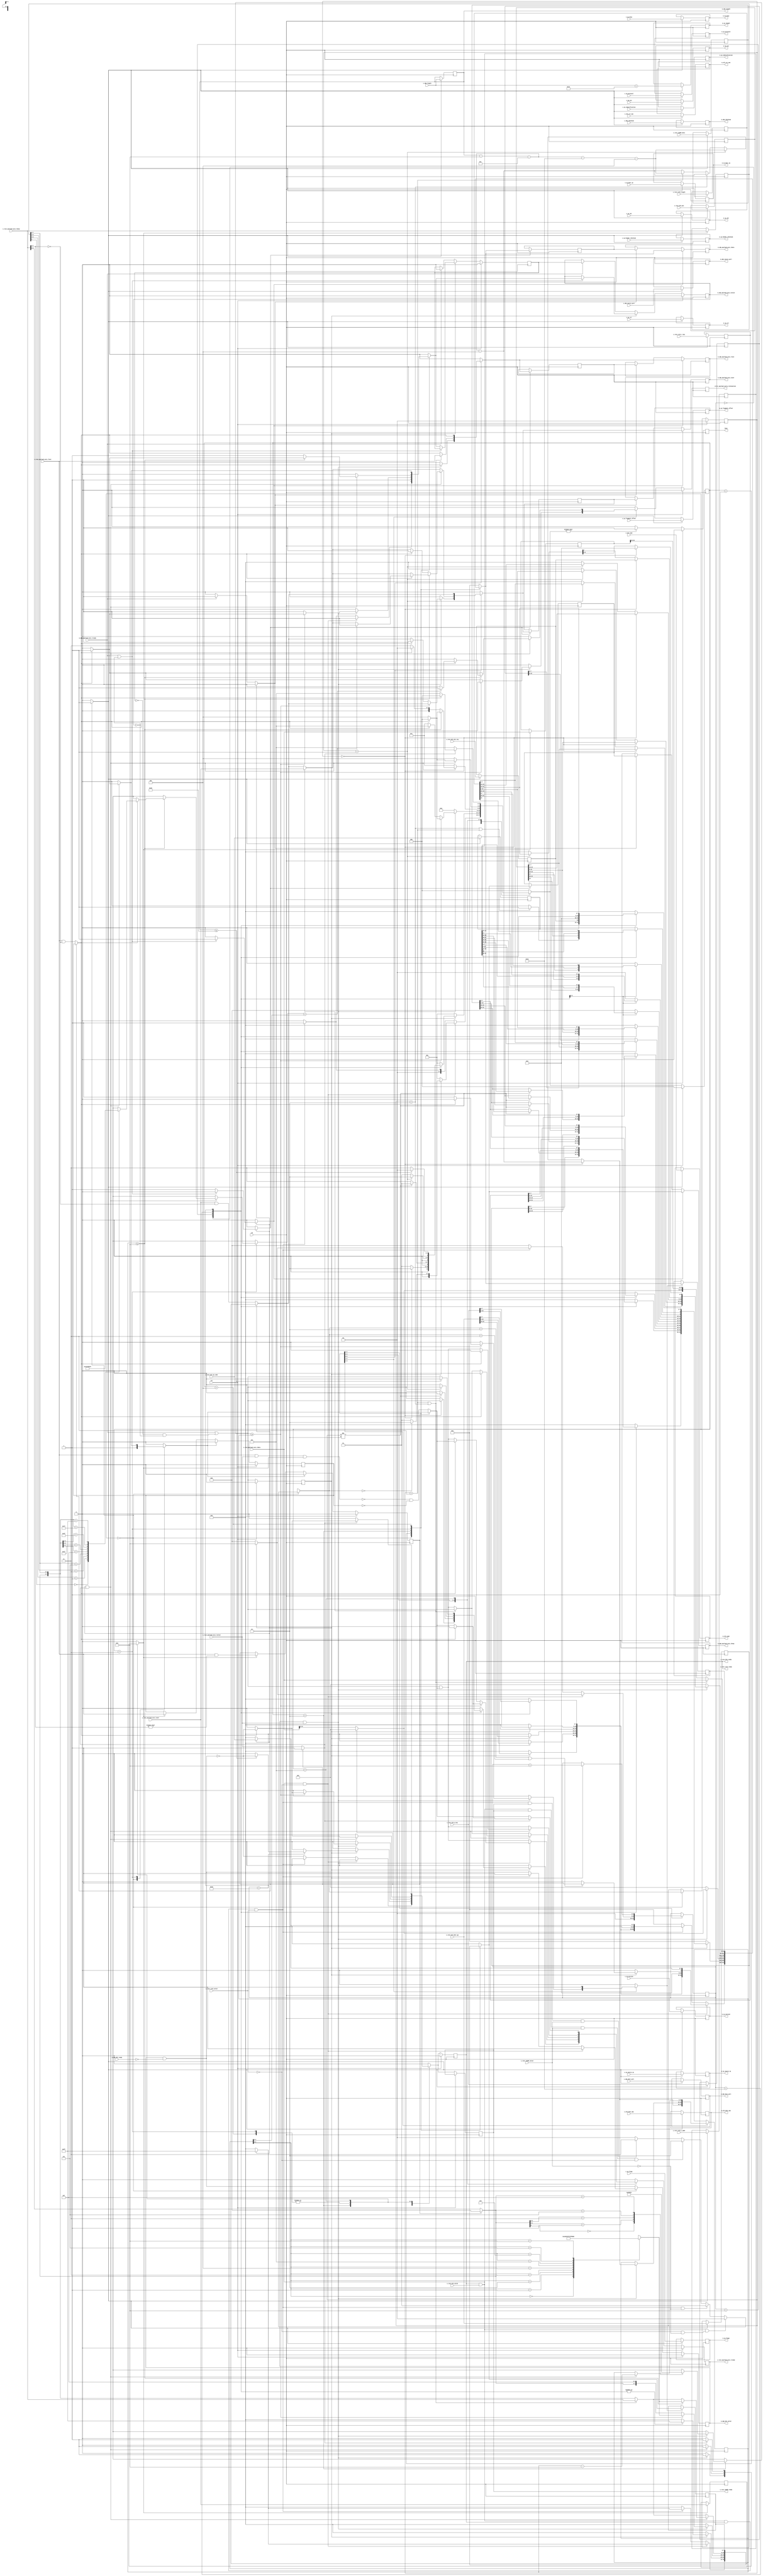
/*

Copyright (c) 2014-2018 Alex Forencich

Permission is hereby granted, free of charge, to any person obtaining a copy
of this software and associated documentation files (the "Software"), to deal
in the Software without restriction, including without limitation the rights
to use, copy, modify, merge, publish, distribute, sublicense, and/or sell
copies of the Software, and to permit persons to whom the Software is
furnished to do so, subject to the following conditions:

The above copyright notice and this permission notice shall be included in
all copies or substantial portions of the Software.

THE SOFTWARE IS PROVIDED "AS IS", WITHOUT WARRANTY OF ANY KIND, EXPRESS OR
IMPLIED, INCLUDING BUT NOT LIMITED TO THE WARRANTIES OF MERCHANTABILITY
FITNESS FOR A PARTICULAR PURPOSE AND NONINFRINGEMENT. IN NO EVENT SHALL THE
AUTHORS OR COPYRIGHT HOLDERS BE LIABLE FOR ANY CLAIM, DAMAGES OR OTHER
LIABILITY, WHETHER IN AN ACTION OF CONTRACT, TORT OR OTHERWISE, ARISING FROM,
OUT OF OR IN CONNECTION WITH THE SOFTWARE OR THE USE OR OTHER DEALINGS IN
THE SOFTWARE.

*/

// Language: Verilog 2001

`resetall `timescale 1ns / 1ps `default_nettype none

/*
 * IP ethernet frame transmitter (IP frame in, Ethernet frame out, 64 bit datapath)
 */
module RoCE_udp_tx_64 (
    input wire clk,
    input wire rst,

    /*
     * RoCE frame input
     */
    // BTH
    input  wire        s_roce_bth_valid,
    output wire        s_roce_bth_ready,
    input  wire [ 7:0] s_roce_bth_op_code,
    input  wire [15:0] s_roce_bth_p_key,
    input  wire [23:0] s_roce_bth_psn,
    input  wire [23:0] s_roce_bth_dest_qp,
    input  wire        s_roce_bth_ack_req,
    // RETH
    input  wire        s_roce_reth_valid,
    output wire        s_roce_reth_ready,
    input  wire [63:0] s_roce_reth_v_addr,
    input  wire [31:0] s_roce_reth_r_key,
    input  wire [31:0] s_roce_reth_length,
    // IMMD
    input  wire        s_roce_immdh_valid,
    output wire        s_roce_immdh_ready,
    input  wire [31:0] s_roce_immdh_data,
    // udp, ip, eth
    input  wire [47:0] s_eth_dest_mac,
    input  wire [47:0] s_eth_src_mac,
    input  wire [15:0] s_eth_type,
    input  wire [ 3:0] s_ip_version,
    input  wire [ 3:0] s_ip_ihl,
    input  wire [ 5:0] s_ip_dscp,
    input  wire [ 1:0] s_ip_ecn,
    input  wire [15:0] s_ip_identification,
    input  wire [ 2:0] s_ip_flags,
    input  wire [12:0] s_ip_fragment_offset,
    input  wire [ 7:0] s_ip_ttl,
    input  wire [ 7:0] s_ip_protocol,
    input  wire [15:0] s_ip_header_checksum,
    input  wire [31:0] s_ip_source_ip,
    input  wire [31:0] s_ip_dest_ip,
    input  wire [15:0] s_udp_source_port,
    input  wire [15:0] s_udp_dest_port,
    input  wire [15:0] s_udp_length,
    input  wire [15:0] s_udp_checksum,
    // payload
    input  wire [63:0] s_roce_payload_axis_tdata,
    input  wire [ 7:0] s_roce_payload_axis_tkeep,
    input  wire        s_roce_payload_axis_tvalid,
    output wire        s_roce_payload_axis_tready,
    input  wire        s_roce_payload_axis_tlast,
    input  wire        s_roce_payload_axis_tuser,
    /*
     * UDP frame output
     */
    output wire        m_udp_hdr_valid,
    input  wire        m_udp_hdr_ready,
    output wire [47:0] m_eth_dest_mac,
    output wire [47:0] m_eth_src_mac,
    output wire [15:0] m_eth_type,
    output wire [ 3:0] m_ip_version,
    output wire [ 3:0] m_ip_ihl,
    output wire [ 5:0] m_ip_dscp,
    output wire [ 1:0] m_ip_ecn,
    output wire [15:0] m_ip_length,
    output wire [15:0] m_ip_identification,
    output wire [ 2:0] m_ip_flags,
    output wire [12:0] m_ip_fragment_offset,
    output wire [ 7:0] m_ip_ttl,
    output wire [ 7:0] m_ip_protocol,
    output wire [15:0] m_ip_header_checksum,
    output wire [31:0] m_ip_source_ip,
    output wire [31:0] m_ip_dest_ip,
    output wire [15:0] m_udp_source_port,
    output wire [15:0] m_udp_dest_port,
    output wire [15:0] m_udp_length,
    output wire [15:0] m_udp_checksum,
    output wire [63:0] m_udp_payload_axis_tdata,
    output wire [ 7:0] m_udp_payload_axis_tkeep,
    output wire        m_udp_payload_axis_tvalid,
    input  wire        m_udp_payload_axis_tready,
    output wire        m_udp_payload_axis_tlast,
    output wire        m_udp_payload_axis_tuser,
    /*
     * Status signals
     */
    output wire        busy,
    output wire        error_payload_early_termination
);

  /*

RoCE RDMA WRITE Frame.

RDMA WRITE FIRST or RMDA WRITE ONLY
IP_HDR + UDP_HDR + BTH + RETH + PAYLOAD + ICRC
RMDA WRITE ONLY with IMMD + PAYLOAD + ICRC
IP_HDR + UDP_HDR +BTH + RETH + IMMD + PAYLOAD + ICRC
RDMA WRITE MIDDLE or RMDA WRITE LAST
IP_HDR + UDP_HDR +BTH + PAYLOAD + ICRC
RMDA WRITE LAST with IMMD + PAYLOAD + ICRC
IP_HDR + UDP_HDR +BTH + IMMD + PAYLOAD + ICRC


+--------------------------------------+
|                BTH                   |
+--------------------------------------+
 Field                       Length
 OP code                     1 octet
 Solicited Event             1 bit
 Mig request                 1 bit
 Pad count                   2 bits
 Header version              4 bits
 Partition key               2 octets
 Reserved                    1 octet
 Queue Pair Number           3 octets
 Ack request                 1 bit
 Reserved                    7 bits
 Packet Sequence Number      3 octets
+--------------------------------------+
|               RETH                   |
+--------------------------------------+
 Field                       Length
 Remote Address              8 octets
 R key                       4 octets
 DMA length                  4 octets
+--------------------------------------+
|               IMMD                   |
+--------------------------------------+
 Field                       Length
 Immediate data              4 octets
+--------------------------------------+
|               AETH                   |
+--------------------------------------+
 Field                       Length
 Syndrome                    1 octet
 Message Sequence Number     3 octets
 
 payload                     length octets
+--------------------------------------+
|               ICRC                   |
+--------------------------------------+
 Field                       Length
 ICRC field                  4 octets

This module receives a RoCEv2 frame with headers fields in parallel along with the
payload in an AXI stream, combines the headers with the payload, passes through
the UDP headers, and transmits the complete UDP payload on an AXI interface.

*/

  localparam [2:0]
    STATE_IDLE = 3'd0,
    STATE_WRITE_HEADER = 3'd1,
    STATE_WRITE_HEADER_LAST = 3'd2,
    STATE_WRITE_PAYLOAD = 3'd3,
    STATE_WRITE_PAYLOAD_LAST = 3'd4,
    STATE_WAIT_LAST = 3'd5;


  reg [2:0] state_reg = STATE_IDLE, state_next;

  localparam [1:0] HEADER_BTH = 2'd0, HEADER_BTH_RETH = 2'd1, HEADER_BTH_IMMDH = 2'd2, HEADER_BTH_RETH_IMMDH = 2'd3;

  reg [1:0] header_type_reg = HEADER_BTH, header_type_next;

  // datapath control signals
  reg store_roce_bth;
  reg store_roce_reth;
  reg store_roce_immdh;
  reg store_last_word;

  reg [5:0] hdr_ptr_reg = 6'd0, hdr_ptr_next;
  reg [15:0] word_count_reg = 16'd0, word_count_next;

  reg flush_save;
  reg transfer_in_save;
  reg pass_through;

  reg [19:0] hdr_sum_temp;
  reg [19:0] hdr_sum_reg = 20'd0, hdr_sum_next;

  reg [63:0] last_word_data_reg = 64'd0;
  reg [ 7:0] last_word_keep_reg = 8'd0;

  reg [ 7:0] roce_bth_op_code_reg = 8'd0;
  reg [15:0] roce_bth_p_key_reg = 16'd0;
  reg [23:0] roce_bth_psn_reg = 24'd0;
  reg [23:0] roce_bth_dest_qp_reg = 24'd0;
  reg        roce_bth_ack_req_reg = 1'd0;

  reg [63:0] roce_reth_v_addr_reg = 64'd0;
  reg [31:0] roce_reth_r_key_reg = 32'd0;
  reg [31:0] roce_reth_length_reg = 32'd0;

  reg [31:0] roce_immdh_data_reg = 32'd0;

  //reg [15:0] udp_source_port_reg = 16'd0;
  //reg [15:0] udp_dest_port_reg   = 16'd0;
  //reg [15:0] udp_length_reg      = 16'd0;
  //reg [15:0] udp_checksum_reg    = 16'd0;

  reg s_roce_bth_ready_reg = 1'b0, s_roce_bth_ready_next;
  reg s_roce_reth_ready_reg = 1'b0, s_roce_reth_ready_next;
  reg s_roce_immdh_ready_reg = 1'b0, s_roce_immdh_ready_next;
  reg s_roce_payload_axis_tready_reg = 1'b0, s_roce_payload_axis_tready_next;

  //reg s_udp_hdr_ready_reg = 1'b0, s_udp_hdr_ready_next;
  //reg s_udp_payload_axis_tready_reg = 1'b0, s_udp_payload_axis_tready_next;

  reg m_udp_hdr_valid_reg = 1'b0, m_udp_hdr_valid_next;
  reg [47:0] m_eth_dest_mac_reg = 48'd0;
  reg [47:0] m_eth_src_mac_reg = 48'd0;
  reg [15:0] m_eth_type_reg = 16'd0;
  reg [ 3:0] m_ip_version_reg = 4'd0;
  reg [ 3:0] m_ip_ihl_reg = 4'd0;
  reg [ 5:0] m_ip_dscp_reg = 6'd0;
  reg [ 1:0] m_ip_ecn_reg = 2'd0;
  reg [15:0] m_ip_length_reg = 16'd0;
  reg [15:0] m_ip_identification_reg = 16'd0;
  reg [ 2:0] m_ip_flags_reg = 3'd0;
  reg [12:0] m_ip_fragment_offset_reg = 13'd0;
  reg [ 7:0] m_ip_ttl_reg = 8'd0;
  reg [ 7:0] m_ip_protocol_reg = 8'd0;
  reg [15:0] m_ip_header_checksum_reg = 16'd0;
  reg [31:0] m_ip_source_ip_reg = 32'd0;
  reg [31:0] m_ip_dest_ip_reg = 32'd0;
  reg [15:0] m_udp_source_port_reg = 16'd0;
  reg [15:0] m_udp_dest_port_reg = 16'd0;
  reg [15:0] m_udp_length_reg = 16'd0;
  reg [15:0] m_udp_checksum_reg = 16'd0;

  reg        busy_reg = 1'b0;
  reg error_payload_early_termination_reg = 1'b0, error_payload_early_termination_next;

  reg  [63:0] save_roce_payload_axis_tdata_reg = 64'd0;
  reg  [ 7:0] save_roce_payload_axis_tkeep_reg = 8'd0;
  reg         save_roce_payload_axis_tlast_reg = 1'b0;
  reg         save_roce_payload_axis_tuser_reg = 1'b0;


  reg  [63:0] shift_roce_payload_axis_tdata;
  reg  [ 7:0] shift_roce_payload_axis_tkeep;
  reg         shift_roce_payload_axis_tvalid;
  reg         shift_roce_payload_axis_tlast;
  reg         shift_roce_payload_axis_tuser;
  reg         shift_roce_payload_s_tready;
  reg         shift_roce_payload_extra_cycle_reg = 1'b0;

  // internal datapath
  reg  [63:0] m_udp_payload_axis_tdata_int;
  reg  [ 7:0] m_udp_payload_axis_tkeep_int;
  reg         m_udp_payload_axis_tvalid_int;
  reg         m_udp_payload_axis_tready_int_reg = 1'b0;
  reg         m_udp_payload_axis_tlast_int;
  reg         m_udp_payload_axis_tuser_int;
  wire        m_udp_payload_axis_tready_int_early;

  assign s_roce_bth_ready                = s_roce_bth_ready_reg;
  assign s_roce_reth_ready               = s_roce_reth_ready_reg;
  assign s_roce_immdh_ready              = s_roce_immdh_ready_reg;
  assign s_roce_payload_axis_tready      = s_roce_payload_axis_tready_reg;

  assign m_udp_hdr_valid                 = m_udp_hdr_valid_reg;
  assign m_eth_dest_mac                  = m_eth_dest_mac_reg;
  assign m_eth_src_mac                   = m_eth_src_mac_reg;
  assign m_eth_type                      = m_eth_type_reg;
  assign m_ip_version                    = m_ip_version_reg;
  assign m_ip_ihl                        = m_ip_ihl_reg;
  assign m_ip_dscp                       = m_ip_dscp_reg;
  assign m_ip_ecn                        = m_ip_ecn_reg;
  assign m_ip_length                     = m_ip_length_reg;
  assign m_ip_identification             = m_ip_identification_reg;
  assign m_ip_flags                      = m_ip_flags_reg;
  assign m_ip_fragment_offset            = m_ip_fragment_offset_reg;
  assign m_ip_ttl                        = m_ip_ttl_reg;
  assign m_ip_protocol                   = m_ip_protocol_reg;
  assign m_ip_header_checksum            = m_ip_header_checksum_reg;
  assign m_ip_source_ip                  = m_ip_source_ip_reg;
  assign m_ip_dest_ip                    = m_ip_dest_ip_reg;

  assign m_udp_source_port               = m_udp_source_port_reg;
  assign m_udp_dest_port                 = m_udp_dest_port_reg;
  assign m_udp_length                    = m_udp_length_reg;
  assign m_udp_checksum                  = m_udp_checksum_reg;

  assign busy                            = busy_reg;
  assign error_payload_early_termination = error_payload_early_termination_reg;

  function [3:0] keep2count;
    input [7:0] k;
    casez (k)
      8'bzzzzzzz0: keep2count = 4'd0;
      8'bzzzzzz01: keep2count = 4'd1;
      8'bzzzzz011: keep2count = 4'd2;
      8'bzzzz0111: keep2count = 4'd3;
      8'bzzz01111: keep2count = 4'd4;
      8'bzz011111: keep2count = 4'd5;
      8'bz0111111: keep2count = 4'd6;
      8'b01111111: keep2count = 4'd7;
      8'b11111111: keep2count = 4'd8;
    endcase
  endfunction

  function [7:0] count2keep;
    input [3:0] k;
    case (k)
      4'd0: count2keep = 8'b00000000;
      4'd1: count2keep = 8'b00000001;
      4'd2: count2keep = 8'b00000011;
      4'd3: count2keep = 8'b00000111;
      4'd4: count2keep = 8'b00001111;
      4'd5: count2keep = 8'b00011111;
      4'd6: count2keep = 8'b00111111;
      4'd7: count2keep = 8'b01111111;
      4'd8: count2keep = 8'b11111111;
    endcase
  endfunction

  always @* begin
    shift_roce_payload_axis_tdata[31:0] = save_roce_payload_axis_tdata_reg[63:32];
    shift_roce_payload_axis_tkeep[3:0]  = save_roce_payload_axis_tkeep_reg[7:4];

    if (shift_roce_payload_extra_cycle_reg) begin
      shift_roce_payload_axis_tdata[63:32] = 32'd0;
      shift_roce_payload_axis_tkeep[7:4] = 4'd0;
      shift_roce_payload_axis_tvalid = 1'b1;
      shift_roce_payload_axis_tlast = save_roce_payload_axis_tlast_reg;
      shift_roce_payload_axis_tuser = save_roce_payload_axis_tuser_reg;
      shift_roce_payload_s_tready = flush_save;
    end else begin
      shift_roce_payload_axis_tdata[63:32] = s_roce_payload_axis_tdata[31:0];
      shift_roce_payload_axis_tkeep[7:4] = s_roce_payload_axis_tkeep[3:0];
      shift_roce_payload_axis_tvalid = s_roce_payload_axis_tvalid;
      shift_roce_payload_axis_tlast = (s_roce_payload_axis_tlast && (s_roce_payload_axis_tkeep[7:4] == 0));
      shift_roce_payload_axis_tuser = (s_roce_payload_axis_tuser && (s_roce_payload_axis_tkeep[7:4] == 0));
      shift_roce_payload_s_tready = !(s_roce_payload_axis_tlast && s_roce_payload_axis_tvalid && transfer_in_save) && !save_roce_payload_axis_tlast_reg;
    end

  end

  always @* begin
    state_next                           = STATE_IDLE;

    s_roce_bth_ready_next                = 1'b0;
    s_roce_reth_ready_next               = 1'b0;
    s_roce_immdh_ready_next              = 1'b0;
    s_roce_payload_axis_tready_next      = 1'b0;

    store_roce_bth                       = 1'b0;
    store_roce_reth                      = 1'b0;

    store_last_word                      = 1'b0;

    flush_save                           = 1'b0;
    transfer_in_save                     = 1'b0;
    pass_through                         = 1'b0;

    hdr_ptr_next                         = hdr_ptr_reg;
    word_count_next                      = word_count_reg;

    hdr_sum_temp                         = 20'd0;
    hdr_sum_next                         = hdr_sum_reg;

    m_udp_hdr_valid_next                 = m_udp_hdr_valid_reg && !m_udp_hdr_ready;

    header_type_next                     = header_type_reg;

    error_payload_early_termination_next = 1'b0;

    m_udp_payload_axis_tdata_int         = 64'd0;
    m_udp_payload_axis_tkeep_int         = 8'd0;
    m_udp_payload_axis_tvalid_int        = 1'b0;
    m_udp_payload_axis_tlast_int         = 1'b0;
    m_udp_payload_axis_tuser_int         = 1'b0;

    case (state_reg)
      STATE_IDLE: begin
        // idle state - wait for data
        hdr_ptr_next            = 6'd0;
        flush_save              = 1'b1;
        s_roce_bth_ready_next   = !m_udp_hdr_valid_next;
        s_roce_reth_ready_next  = !m_udp_hdr_valid_next;
        s_roce_immdh_ready_next = !m_udp_hdr_valid_next;
        if (s_roce_bth_ready && s_roce_bth_valid && ~s_roce_reth_valid & ~s_roce_immdh_valid) begin
          header_type_next = HEADER_BTH;
          store_roce_bth   = 1'b1;
        end else if ( s_roce_bth_ready && s_roce_bth_valid && s_roce_reth_ready && s_roce_reth_valid && ~s_roce_immdh_valid) begin
          header_type_next = HEADER_BTH_RETH;
          store_roce_bth   = 1'b1;
          store_roce_reth  = 1'b1;
        end else if ( s_roce_bth_ready && s_roce_bth_valid && s_roce_immdh_ready && s_roce_immdh_valid && ~s_roce_reth_valid) begin
          header_type_next = HEADER_BTH_IMMDH;
          store_roce_bth   = 1'b1;
          store_roce_immdh = 1'b1;
        end else if ( s_roce_bth_ready && s_roce_bth_valid && s_roce_reth_ready && s_roce_reth_valid && s_roce_immdh_ready && s_roce_immdh_valid) begin
          header_type_next = HEADER_BTH_RETH_IMMDH;
          store_roce_bth   = 1'b1;
          store_roce_reth  = 1'b1;
          store_roce_immdh = 1'b1;
        end else begin
          header_type_next = HEADER_BTH;
          store_roce_bth   = 1'b1;
        end

        if (s_roce_bth_ready && s_roce_bth_valid && ~s_roce_reth_valid) begin

          s_roce_bth_ready_next   = 1'b0;
          s_roce_reth_ready_next  = 1'b0;
          s_roce_immdh_ready_next = 1'b0;
          m_udp_hdr_valid_next    = 1'b1;



          if (m_udp_payload_axis_tready_int_reg) begin
            m_udp_payload_axis_tvalid_int = 1'b1;
            m_udp_payload_axis_tdata_int[7:0] = s_roce_bth_op_code[7:0];
            m_udp_payload_axis_tdata_int[8]     = (
                  header_type_next == HEADER_BTH_IMMDH | header_type_next == HEADER_BTH_RETH_IMMDH
              ) ?   1'b1 : 1'b0;  // Solicited Even
            m_udp_payload_axis_tdata_int[9] = 1'b0;  // Mig request
            m_udp_payload_axis_tdata_int[11:10] = 2'b0;  // Pad count
            m_udp_payload_axis_tdata_int[15:12] = 4'b0;  // Header version
            m_udp_payload_axis_tdata_int[23:16] = s_roce_bth_p_key[15:8];
            m_udp_payload_axis_tdata_int[31:24] = s_roce_bth_p_key[7:0];
            m_udp_payload_axis_tdata_int[39:32] = 8'b0;  // Reserved
            m_udp_payload_axis_tdata_int[47:40] = s_roce_bth_dest_qp[23:16];
            m_udp_payload_axis_tdata_int[55:48] = s_roce_bth_dest_qp[15:8];
            m_udp_payload_axis_tdata_int[63:56] = s_roce_bth_dest_qp[7:0];
            m_udp_payload_axis_tkeep_int = 8'hff;
            hdr_ptr_next = 6'd8;
            if (header_type_next == HEADER_BTH) begin
              state_next = STATE_WRITE_HEADER_LAST;
            end else begin
              state_next = STATE_WRITE_HEADER;
            end
          end else begin
            state_next = STATE_WRITE_HEADER;
          end

        end else if (s_roce_bth_ready && s_roce_bth_valid && s_roce_reth_ready && s_roce_reth_valid) begin

          s_roce_bth_ready_next = 1'b0;
          s_roce_reth_ready_next = 1'b0;
          s_roce_immdh_ready_next = 1'b0;
          m_udp_hdr_valid_next = 1'b1;

          if (m_udp_payload_axis_tready_int_reg) begin
            m_udp_payload_axis_tvalid_int       = 1'b1;
            m_udp_payload_axis_tdata_int[7:0]   = s_roce_bth_op_code[7:0];
            m_udp_payload_axis_tdata_int[8]     = 1'b0;  // Solicited Event
            m_udp_payload_axis_tdata_int[9]     = 1'b0;  // Mig request
            m_udp_payload_axis_tdata_int[11:10] = 2'b0;  // Pad count
            m_udp_payload_axis_tdata_int[15:12] = 4'b0;  // Header version
            m_udp_payload_axis_tdata_int[23:16] = s_roce_bth_p_key[15:8];
            m_udp_payload_axis_tdata_int[31:24] = s_roce_bth_p_key[7:0];
            m_udp_payload_axis_tdata_int[39:32] = 8'b0;  // Reserved
            m_udp_payload_axis_tdata_int[47:40] = s_roce_bth_dest_qp[23:16];
            m_udp_payload_axis_tdata_int[55:48] = s_roce_bth_dest_qp[15:8];
            m_udp_payload_axis_tdata_int[63:56] = s_roce_bth_dest_qp[7:0];
            m_udp_payload_axis_tkeep_int        = 8'hff;
            hdr_ptr_next                        = 6'd8;
          end

          state_next = STATE_WRITE_HEADER;
        end else begin
          state_next = STATE_IDLE;
        end
      end
      STATE_WRITE_HEADER: begin
        // write header
        if (header_type_reg == HEADER_BTH) begin
          // UDP length - UDP header - BTH  - half frame
          word_count_next = m_udp_length_reg - 8 - 12 - 4;
        end else if (header_type_reg == HEADER_BTH_RETH) begin
          // UDP length - UDP header - BTH - RETH + half frame
          word_count_next = m_udp_length_reg - 8 - 12 - 16 - 4;
        end else if (header_type_reg == HEADER_BTH_IMMDH) begin
          // UDP length - UDP header - BTH - IMMDH 
          word_count_next = m_udp_length_reg - 8 - 12 - 4;
        end else if (header_type_reg == HEADER_BTH_RETH_IMMDH) begin
          // UDP length - UDP header - BTH - RETH - IMMDH
          word_count_next = m_udp_length_reg - 8 - 12 - 16 - 4;
        end else begin
          // UDP length - UDP header - BTH  + half frame
          word_count_next = m_udp_length_reg - 8 - 12 - 4;
        end
        if (m_udp_payload_axis_tready_int_reg) begin
          hdr_ptr_next = hdr_ptr_reg + 6'd8;
          m_udp_payload_axis_tvalid_int = 1'b1;
          state_next = STATE_WRITE_HEADER;
          case (hdr_ptr_reg)
            6'h00: begin
              m_udp_payload_axis_tdata_int[7:0] = roce_bth_op_code_reg[7:0];
              m_udp_payload_axis_tdata_int[8]     = (
                  header_type_reg == HEADER_BTH_IMMDH |  header_type_reg == HEADER_BTH_RETH_IMMDH
              ) ?   1'b1 : 1'b0;  // Solicited Event
              m_udp_payload_axis_tdata_int[9] = 1'b0;  // Mig request
              m_udp_payload_axis_tdata_int[11:10] = 2'b0;  // Pad count
              m_udp_payload_axis_tdata_int[15:12] = 4'b0;  // Header version
              m_udp_payload_axis_tdata_int[23:16] = roce_bth_p_key_reg[15:8];
              m_udp_payload_axis_tdata_int[31:24] = roce_bth_p_key_reg[7:0];
              m_udp_payload_axis_tdata_int[39:32] = 8'b0;  // Reserved
              m_udp_payload_axis_tdata_int[47:40] = roce_bth_dest_qp_reg[23:16];
              m_udp_payload_axis_tdata_int[55:48] = roce_bth_dest_qp_reg[15:8];
              m_udp_payload_axis_tdata_int[63:56] = roce_bth_dest_qp_reg[7:0];
              m_udp_payload_axis_tkeep_int = 8'hff;
              if (header_type_reg == HEADER_BTH) begin
                state_next = STATE_WRITE_HEADER_LAST;
                s_roce_payload_axis_tready_next = m_udp_payload_axis_tready_int_early;
              end
            end
            6'h08: begin
              if (header_type_reg != HEADER_BTH_IMMDH) begin
                m_udp_payload_axis_tdata_int[6:0]   = 7'b0;  //reserved
                m_udp_payload_axis_tdata_int[7]     = roce_bth_ack_req_reg;
                m_udp_payload_axis_tdata_int[15:8]  = roce_bth_psn_reg[23:16];
                m_udp_payload_axis_tdata_int[23:16] = roce_bth_psn_reg[15:8];
                m_udp_payload_axis_tdata_int[31:24] = roce_bth_psn_reg[7:0];
                m_udp_payload_axis_tdata_int[39:32] = roce_reth_v_addr_reg[63:56];
                m_udp_payload_axis_tdata_int[47:40] = roce_reth_v_addr_reg[55:48];
                m_udp_payload_axis_tdata_int[55:48] = roce_reth_v_addr_reg[47:40];
                m_udp_payload_axis_tdata_int[63:56] = roce_reth_v_addr_reg[39:32];
                m_udp_payload_axis_tkeep_int        = 8'hff;
              end else begin
                m_udp_payload_axis_tdata_int[6:0]   = 7'b0;  //reserved
                m_udp_payload_axis_tdata_int[7]     = roce_bth_ack_req_reg;
                m_udp_payload_axis_tdata_int[15:8]  = roce_bth_psn_reg[23:16];
                m_udp_payload_axis_tdata_int[23:16] = roce_bth_psn_reg[15:8];
                m_udp_payload_axis_tdata_int[31:24] = roce_bth_psn_reg[7:0];
                m_udp_payload_axis_tdata_int[39:32] = roce_immdh_data_reg[31:24];
                m_udp_payload_axis_tdata_int[47:40] = roce_immdh_data_reg[23:16];
                m_udp_payload_axis_tdata_int[55:48] = roce_immdh_data_reg[15:8];
                m_udp_payload_axis_tdata_int[63:56] = roce_immdh_data_reg[7:0];
                m_udp_payload_axis_tkeep_int        = 8'hff;
                s_roce_payload_axis_tready_next     = m_udp_payload_axis_tready_int_early;
                state_next                          = STATE_WRITE_PAYLOAD;
              end
              //s_roce_payload_axis_tready_next = m_udp_payload_axis_tready_int_early;
            end
            6'h10: begin
              m_udp_payload_axis_tdata_int[7:0] = roce_reth_v_addr_reg[31:24];
              m_udp_payload_axis_tdata_int[15:8] = roce_reth_v_addr_reg[23:16];
              m_udp_payload_axis_tdata_int[23:16] = roce_reth_v_addr_reg[15:8];
              m_udp_payload_axis_tdata_int[31:24] = roce_reth_v_addr_reg[7:0];
              m_udp_payload_axis_tdata_int[39:32] = roce_reth_r_key_reg[31:24];
              m_udp_payload_axis_tdata_int[47:40] = roce_reth_r_key_reg[23:16];
              m_udp_payload_axis_tdata_int[55:48] = roce_reth_r_key_reg[15:8];
              m_udp_payload_axis_tdata_int[63:56] = roce_reth_r_key_reg[7:0];
              m_udp_payload_axis_tkeep_int = 8'hff;
              if (header_type_reg == HEADER_BTH_RETH) begin
                s_roce_payload_axis_tready_next = m_udp_payload_axis_tready_int_early;
                state_next = STATE_WRITE_HEADER_LAST;
              end
            end
            6'h18: begin
              m_udp_payload_axis_tdata_int[7:0] = roce_reth_length_reg[31:24];
              m_udp_payload_axis_tdata_int[15:8] = roce_reth_length_reg[23:16];
              m_udp_payload_axis_tdata_int[23:16] = roce_reth_length_reg[15:8];
              m_udp_payload_axis_tdata_int[31:24] = roce_reth_length_reg[7:0];
              m_udp_payload_axis_tdata_int[39:32] = roce_immdh_data_reg[31:24];
              m_udp_payload_axis_tdata_int[47:40] = roce_immdh_data_reg[23:16];
              m_udp_payload_axis_tdata_int[55:48] = roce_immdh_data_reg[15:8];
              m_udp_payload_axis_tdata_int[63:56] = roce_immdh_data_reg[7:0];
              m_udp_payload_axis_tkeep_int = 8'hff;
              s_roce_payload_axis_tready_next = m_udp_payload_axis_tready_int_early;
              if (m_udp_length_reg <= 8 + 12 + 16 + 4) begin
                //no payload actually
                s_roce_bth_ready_next = !m_udp_hdr_valid_next;
                s_roce_reth_ready_next = !m_udp_hdr_valid_next;
                s_roce_immdh_ready_next = !m_udp_hdr_valid_next;
                s_roce_payload_axis_tready_next = 1'b0;
                state_next = STATE_IDLE;
              end else begin
                state_next = STATE_WRITE_PAYLOAD;
              end
            end
          endcase
        end else begin
          state_next = STATE_WRITE_HEADER;
        end
      end
      STATE_WRITE_HEADER_LAST: begin
        // last header word requires first payload word; process accordingly
        s_roce_payload_axis_tready_next = m_udp_payload_axis_tready_int_early && shift_roce_payload_s_tready;

        if (s_roce_payload_axis_tready && s_roce_payload_axis_tvalid) begin
          m_udp_payload_axis_tvalid_int = 1'b1;
          transfer_in_save = 1'b1;
          if (header_type_reg == HEADER_BTH) begin
            m_udp_payload_axis_tdata_int[6:0]   = 7'b0;  //reserved
            m_udp_payload_axis_tdata_int[7]     = roce_bth_ack_req_reg;
            m_udp_payload_axis_tdata_int[15:8]  = roce_bth_psn_reg[23:16];
            m_udp_payload_axis_tdata_int[23:16] = roce_bth_psn_reg[15:8];
            m_udp_payload_axis_tdata_int[31:24] = roce_bth_psn_reg[7:0];
          end else if (header_type_reg == HEADER_BTH_RETH) begin
            m_udp_payload_axis_tdata_int[7:0]   = roce_reth_length_reg[31:24];
            m_udp_payload_axis_tdata_int[15:8]  = roce_reth_length_reg[23:16];
            m_udp_payload_axis_tdata_int[23:16] = roce_reth_length_reg[15:8];
            m_udp_payload_axis_tdata_int[31:24] = roce_reth_length_reg[7:0];
          end
          m_udp_payload_axis_tdata_int[63:32] = shift_roce_payload_axis_tdata[63:32];
          m_udp_payload_axis_tkeep_int = {shift_roce_payload_axis_tkeep[7:4], 4'hF};
          m_udp_payload_axis_tlast_int = shift_roce_payload_axis_tlast;
          m_udp_payload_axis_tuser_int = shift_roce_payload_axis_tuser;
          word_count_next = word_count_reg - 16'd8;
          if (header_type_reg == HEADER_BTH) begin
            // UDP length - UDP header - BTH  - half frame
            word_count_next = m_udp_length_reg - 8 - 12 - 4;
          end else if (header_type_reg == HEADER_BTH_RETH) begin
            // UDP length - UDP header - BTH - RETH + half frame
            word_count_next = m_udp_length_reg - 8 - 12 - 16 - 4;
          end else if (header_type_reg == HEADER_BTH_IMMDH) begin
            // UDP length - UDP header - BTH - IMMDH 
            word_count_next = m_udp_length_reg - 8 - 12 - 4;
          end else if (header_type_reg == HEADER_BTH_RETH_IMMDH) begin
            // UDP length - UDP header - BTH - RETH - IMMDH
            word_count_next = m_udp_length_reg - 8 - 12 - 16 - 4;
          end else begin
            // UDP length - UDP header - BTH  + half frame
            word_count_next = m_udp_length_reg - 8 - 12 - 4;
          end

          if (keep2count(m_udp_payload_axis_tkeep_int) >= word_count_reg) begin
            // have entire payload
            m_udp_payload_axis_tkeep_int = count2keep(word_count_reg);
            if (shift_roce_payload_axis_tlast) begin
              s_roce_bth_ready_next = !m_udp_hdr_valid_next;
              s_roce_reth_ready_next = !m_udp_hdr_valid_next;
              s_roce_immdh_ready_next = !m_udp_hdr_valid_next;
              s_roce_payload_axis_tready_next = 1'b0;
              state_next = STATE_IDLE;
            end else begin
              store_last_word = 1'b1;
              s_roce_payload_axis_tready_next = shift_roce_payload_s_tready;
              m_udp_payload_axis_tvalid_int = 1'b0;
              state_next = STATE_WRITE_PAYLOAD_LAST;
            end
          end else begin
            if (shift_roce_payload_axis_tlast) begin
              // end of frame, but length does not match
              error_payload_early_termination_next = 1'b1;
              s_roce_payload_axis_tready_next = shift_roce_payload_s_tready;
              m_udp_payload_axis_tuser_int = 1'b1;
              state_next = STATE_WAIT_LAST;
            end else begin
              state_next = STATE_WRITE_PAYLOAD;
            end
          end
        end else begin
          state_next = STATE_WRITE_HEADER_LAST;
        end
      end
      STATE_WRITE_PAYLOAD: begin
        // write payload
        if (header_type_reg == HEADER_BTH_RETH_IMMDH || header_type_reg == HEADER_BTH_IMMDH) begin
          s_roce_payload_axis_tready_next = m_udp_payload_axis_tready_int_early;

          m_udp_payload_axis_tdata_int = s_roce_payload_axis_tdata;
          m_udp_payload_axis_tkeep_int = s_roce_payload_axis_tkeep;
          m_udp_payload_axis_tlast_int = s_roce_payload_axis_tlast;
          m_udp_payload_axis_tuser_int = s_roce_payload_axis_tuser;
        end else begin
          s_roce_payload_axis_tready_next = m_udp_payload_axis_tready_int_early && shift_roce_payload_s_tready;

          m_udp_payload_axis_tdata_int = shift_roce_payload_axis_tdata;
          m_udp_payload_axis_tkeep_int = shift_roce_payload_axis_tkeep;
          m_udp_payload_axis_tlast_int = shift_roce_payload_axis_tlast;
          m_udp_payload_axis_tuser_int = shift_roce_payload_axis_tuser;
        end
        store_last_word = 1'b1;

        if (m_udp_payload_axis_tready_int_reg && shift_roce_payload_axis_tvalid) begin
          // word transfer through
          word_count_next = word_count_reg - 16'd8;
          transfer_in_save = 1'b1;
          m_udp_payload_axis_tvalid_int = 1'b1;
          if (word_count_reg <= 8) begin
            // have entire payload
            m_udp_payload_axis_tkeep_int = count2keep(word_count_reg);
            if (shift_roce_payload_axis_tlast) begin
              if (keep2count(shift_roce_payload_axis_tkeep) < word_count_reg[4:0]) begin
                // end of frame, but length does not match
                error_payload_early_termination_next = 1'b1;
                m_udp_payload_axis_tuser_int = 1'b1;
              end
              s_roce_payload_axis_tready_next = 1'b0;
              flush_save = 1'b1;
              s_roce_bth_ready_next = !m_udp_hdr_valid_next;
              s_roce_reth_ready_next = !m_udp_hdr_valid_next;
              s_roce_immdh_ready_next = !m_udp_hdr_valid_next;
              state_next = STATE_IDLE;
            end else begin
              m_udp_payload_axis_tvalid_int = 1'b0;
              state_next = STATE_WRITE_PAYLOAD_LAST;
            end
          end else begin
            if (shift_roce_payload_axis_tlast) begin
              // end of frame, but length does not match
              error_payload_early_termination_next = 1'b1;
              m_udp_payload_axis_tuser_int = 1'b1;
              s_roce_payload_axis_tready_next = 1'b0;
              flush_save = 1'b1;
              s_roce_bth_ready_next = !m_udp_hdr_valid_next;
              s_roce_reth_ready_next = !m_udp_hdr_valid_next;
              s_roce_immdh_ready_next = !m_udp_hdr_valid_next;
              state_next = STATE_IDLE;
            end else begin
              state_next = STATE_WRITE_PAYLOAD;
            end
          end
        end else begin
          state_next = STATE_WRITE_PAYLOAD;
        end
      end
      STATE_WRITE_PAYLOAD_LAST: begin
        // read and discard until end of frame
        s_roce_payload_axis_tready_next = m_udp_payload_axis_tready_int_early && shift_roce_payload_s_tready;

        m_udp_payload_axis_tdata_int = last_word_data_reg;
        m_udp_payload_axis_tkeep_int = last_word_keep_reg;
        m_udp_payload_axis_tlast_int = shift_roce_payload_axis_tlast;
        m_udp_payload_axis_tuser_int = shift_roce_payload_axis_tuser;

        if (m_udp_payload_axis_tready_int_reg && shift_roce_payload_axis_tvalid) begin
          transfer_in_save = 1'b1;
          if (shift_roce_payload_axis_tlast) begin
            s_roce_bth_ready_next = !m_udp_hdr_valid_next;
            s_roce_reth_ready_next = !m_udp_hdr_valid_next;
            s_roce_immdh_ready_next = !m_udp_hdr_valid_next;
            s_roce_payload_axis_tready_next = 1'b0;
            m_udp_payload_axis_tvalid_int = 1'b1;
            state_next = STATE_IDLE;
          end else begin
            state_next = STATE_WRITE_PAYLOAD_LAST;
          end
        end else begin
          state_next = STATE_WRITE_PAYLOAD_LAST;
        end
      end
      STATE_WAIT_LAST: begin
        // read and discard until end of frame
        s_roce_payload_axis_tready_next = shift_roce_payload_s_tready;

        if (shift_roce_payload_axis_tvalid) begin
          transfer_in_save = 1'b1;
          if (shift_roce_payload_axis_tlast) begin
            s_roce_bth_ready_next = !m_udp_hdr_valid_next;
            s_roce_reth_ready_next = !m_udp_hdr_valid_next;
            s_roce_immdh_ready_next = !m_udp_hdr_valid_next;
            s_roce_payload_axis_tready_next = 1'b0;
            state_next = STATE_IDLE;
          end else begin
            state_next = STATE_WAIT_LAST;
          end
        end else begin
          state_next = STATE_WAIT_LAST;
        end
      end
    endcase
  end

  always @(posedge clk) begin
    if (rst) begin
      state_reg <= STATE_IDLE;
      s_roce_bth_ready_reg <= 1'b0;
      s_roce_reth_ready_reg <= 1'b0;
      s_roce_payload_axis_tready_reg <= 1'b0;
      m_udp_hdr_valid_reg <= 1'b0;
      save_roce_payload_axis_tlast_reg <= 1'b0;
      shift_roce_payload_extra_cycle_reg <= 1'b0;
      busy_reg <= 1'b0;

      header_type_reg <= 2'b00;

      error_payload_early_termination_reg <= 1'b0;
    end else begin
      state_reg <= state_next;

      s_roce_bth_ready_reg <= s_roce_bth_ready_next;
      s_roce_reth_ready_reg <= s_roce_reth_ready_next;
      s_roce_immdh_ready_reg <= s_roce_immdh_ready_next;

      s_roce_payload_axis_tready_reg <= s_roce_payload_axis_tready_next;

      m_udp_hdr_valid_reg <= m_udp_hdr_valid_next;

      header_type_reg <= header_type_next;

      busy_reg <= (state_next != STATE_IDLE) ? 1'b1 : 1'b0;

      error_payload_early_termination_reg <= error_payload_early_termination_next;

      if (flush_save) begin
        save_roce_payload_axis_tlast_reg   <= 1'b0;
        shift_roce_payload_extra_cycle_reg <= 1'b0;
      end else if (transfer_in_save) begin
        save_roce_payload_axis_tlast_reg <= s_roce_payload_axis_tlast;
        shift_roce_payload_extra_cycle_reg <= s_roce_payload_axis_tlast && (s_roce_payload_axis_tkeep[7:4] != 0);
      end
    end

    hdr_ptr_reg <= hdr_ptr_next;
    word_count_reg <= word_count_next;

    hdr_sum_reg <= hdr_sum_next;

    // datapath
    if (store_roce_bth) begin  // bth should always be present
      m_eth_dest_mac_reg <= s_eth_dest_mac;
      m_eth_src_mac_reg <= s_eth_src_mac;
      m_eth_type_reg <= s_eth_type;
      m_ip_version_reg <= s_ip_version;
      m_ip_ihl_reg <= s_ip_ihl;
      m_ip_dscp_reg <= s_ip_dscp;
      m_ip_ecn_reg <= s_ip_ecn;
      m_ip_length_reg <= s_udp_length + 20;
      m_ip_identification_reg <= s_ip_identification;
      m_ip_flags_reg <= s_ip_flags;
      m_ip_fragment_offset_reg <= s_ip_fragment_offset;
      m_ip_ttl_reg <= s_ip_ttl;
      m_ip_protocol_reg <= s_ip_protocol;
      m_ip_header_checksum_reg <= s_ip_header_checksum;
      m_ip_source_ip_reg <= s_ip_source_ip;
      m_ip_dest_ip_reg <= s_ip_dest_ip;
      m_udp_source_port_reg <= s_udp_source_port;
      m_udp_dest_port_reg <= s_udp_dest_port;
      m_udp_length_reg <= s_udp_length;
      m_udp_checksum_reg <= s_udp_checksum;

      roce_bth_op_code_reg = s_roce_bth_op_code;
      roce_bth_p_key_reg   = s_roce_bth_p_key;
      roce_bth_psn_reg     = s_roce_bth_psn;
      roce_bth_dest_qp_reg = s_roce_bth_dest_qp;
      roce_bth_ack_req_reg = s_roce_bth_ack_req;

      roce_reth_v_addr_reg = s_roce_reth_v_addr;
      roce_reth_r_key_reg  = s_roce_reth_r_key;
      roce_reth_length_reg = s_roce_reth_length;

      roce_immdh_data_reg  = s_roce_immdh_data;

    end

    if (store_last_word) begin
      last_word_data_reg <= m_udp_payload_axis_tdata_int;
      last_word_keep_reg <= m_udp_payload_axis_tkeep_int;
    end

    if (transfer_in_save) begin
      save_roce_payload_axis_tdata_reg <= s_roce_payload_axis_tdata;
      save_roce_payload_axis_tkeep_reg <= s_roce_payload_axis_tkeep;
      save_roce_payload_axis_tuser_reg <= s_roce_payload_axis_tuser;
    end
  end

  // output datapath logic
  reg [63:0] m_udp_payload_axis_tdata_reg = 64'd0;
  reg [ 7:0] m_udp_payload_axis_tkeep_reg = 8'd0;
  reg m_udp_payload_axis_tvalid_reg = 1'b0, m_udp_payload_axis_tvalid_next;
  reg        m_udp_payload_axis_tlast_reg = 1'b0;
  reg        m_udp_payload_axis_tuser_reg = 1'b0;

  reg [63:0] temp_m_udp_payload_axis_tdata_reg = 64'd0;
  reg [ 7:0] temp_m_udp_payload_axis_tkeep_reg = 8'd0;
  reg temp_m_udp_payload_axis_tvalid_reg = 1'b0, temp_m_udp_payload_axis_tvalid_next;
  reg temp_m_udp_payload_axis_tlast_reg = 1'b0;
  reg temp_m_udp_payload_axis_tuser_reg = 1'b0;

  // datapath control
  reg store_udp_payload_int_to_output;
  reg store_udp_payload_int_to_temp;
  reg store_udp_payload_axis_temp_to_output;

  assign m_udp_payload_axis_tdata = m_udp_payload_axis_tdata_reg;
  assign m_udp_payload_axis_tkeep = m_udp_payload_axis_tkeep_reg;
  assign m_udp_payload_axis_tvalid = m_udp_payload_axis_tvalid_reg;
  assign m_udp_payload_axis_tlast = m_udp_payload_axis_tlast_reg;
  assign m_udp_payload_axis_tuser = m_udp_payload_axis_tuser_reg;

  // enable ready input next cycle if output is ready or if both output registers are empty
  assign m_udp_payload_axis_tready_int_early = m_udp_payload_axis_tready || (!temp_m_udp_payload_axis_tvalid_reg && !m_udp_payload_axis_tvalid_reg);

  always @* begin
    // transfer sink ready state to source
    m_udp_payload_axis_tvalid_next = m_udp_payload_axis_tvalid_reg;
    temp_m_udp_payload_axis_tvalid_next = temp_m_udp_payload_axis_tvalid_reg;

    store_udp_payload_int_to_output = 1'b0;
    store_udp_payload_int_to_temp = 1'b0;
    store_udp_payload_axis_temp_to_output = 1'b0;

    if (m_udp_payload_axis_tready_int_reg) begin
      // input is ready
      if (m_udp_payload_axis_tready | !m_udp_payload_axis_tvalid_reg) begin
        // output is ready or currently not valid, transfer data to output
        m_udp_payload_axis_tvalid_next  = m_udp_payload_axis_tvalid_int;
        store_udp_payload_int_to_output = 1'b1;
      end else begin
        // output is not ready, store input in temp
        temp_m_udp_payload_axis_tvalid_next = m_udp_payload_axis_tvalid_int;
        store_udp_payload_int_to_temp = 1'b1;
      end
    end else if (m_udp_payload_axis_tready) begin
      // input is not ready, but output is ready
      m_udp_payload_axis_tvalid_next = temp_m_udp_payload_axis_tvalid_reg;
      temp_m_udp_payload_axis_tvalid_next = 1'b0;
      store_udp_payload_axis_temp_to_output = 1'b1;
    end
  end

  always @(posedge clk) begin
    m_udp_payload_axis_tvalid_reg <= m_udp_payload_axis_tvalid_next;
    m_udp_payload_axis_tready_int_reg <= m_udp_payload_axis_tready_int_early;
    temp_m_udp_payload_axis_tvalid_reg <= temp_m_udp_payload_axis_tvalid_next;

    // datapath
    if (store_udp_payload_int_to_output) begin
      m_udp_payload_axis_tdata_reg <= m_udp_payload_axis_tdata_int;
      m_udp_payload_axis_tkeep_reg <= m_udp_payload_axis_tkeep_int;
      m_udp_payload_axis_tlast_reg <= m_udp_payload_axis_tlast_int;
      m_udp_payload_axis_tuser_reg <= m_udp_payload_axis_tuser_int;
    end else if (store_udp_payload_axis_temp_to_output) begin
      m_udp_payload_axis_tdata_reg <= temp_m_udp_payload_axis_tdata_reg;
      m_udp_payload_axis_tkeep_reg <= temp_m_udp_payload_axis_tkeep_reg;
      m_udp_payload_axis_tlast_reg <= temp_m_udp_payload_axis_tlast_reg;
      m_udp_payload_axis_tuser_reg <= temp_m_udp_payload_axis_tuser_reg;
    end

    if (store_udp_payload_int_to_temp) begin
      temp_m_udp_payload_axis_tdata_reg <= m_udp_payload_axis_tdata_int;
      temp_m_udp_payload_axis_tkeep_reg <= m_udp_payload_axis_tkeep_int;
      temp_m_udp_payload_axis_tlast_reg <= m_udp_payload_axis_tlast_int;
      temp_m_udp_payload_axis_tuser_reg <= m_udp_payload_axis_tuser_int;
    end

    if (rst) begin
      m_udp_payload_axis_tvalid_reg <= 1'b0;
      m_udp_payload_axis_tready_int_reg <= 1'b0;
      temp_m_udp_payload_axis_tvalid_reg <= 1'b0;
    end
  end

endmodule


`resetall